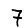
Digit: 7